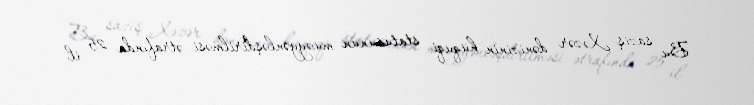
Bu saziş Xəzər dənizinin hüquqi statusunun müəyyənləşdirilməsi ətrafında 25 il